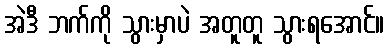
အဲဒီ ဘက်ကို သွားမှာပဲ အတူတူ သွားရအောင်။